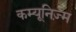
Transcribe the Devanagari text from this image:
कम्यूनिज़्म